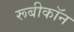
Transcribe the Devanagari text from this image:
रूबीकॉन